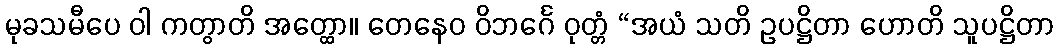
မုခသမီပေ ဝါ ကတွာတိ အတ္ထော။ တေနေဝ ဝိဘင်္ဂေ ဝုတ္တံ “အယံ သတိ ဥပဋ္ဌိတာ ဟောတိ သူပဋ္ဌိတာ